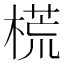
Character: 𣗄